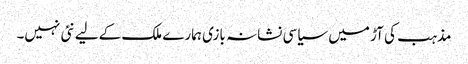
مذہب کی آڑ میں سیاسی نشانہ بازی ہمارے ملک کےلیے نئی نہیں۔